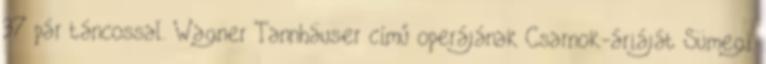
37 pár táncossal. Wagner Tannhäuser című operájának Csarnok-áriáját Sümegi